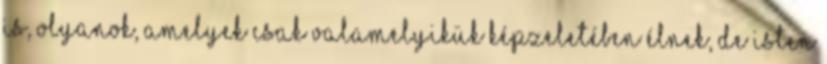
is, olyanok, amelyek csak valamelyikük képzeletében élnek, de Isten